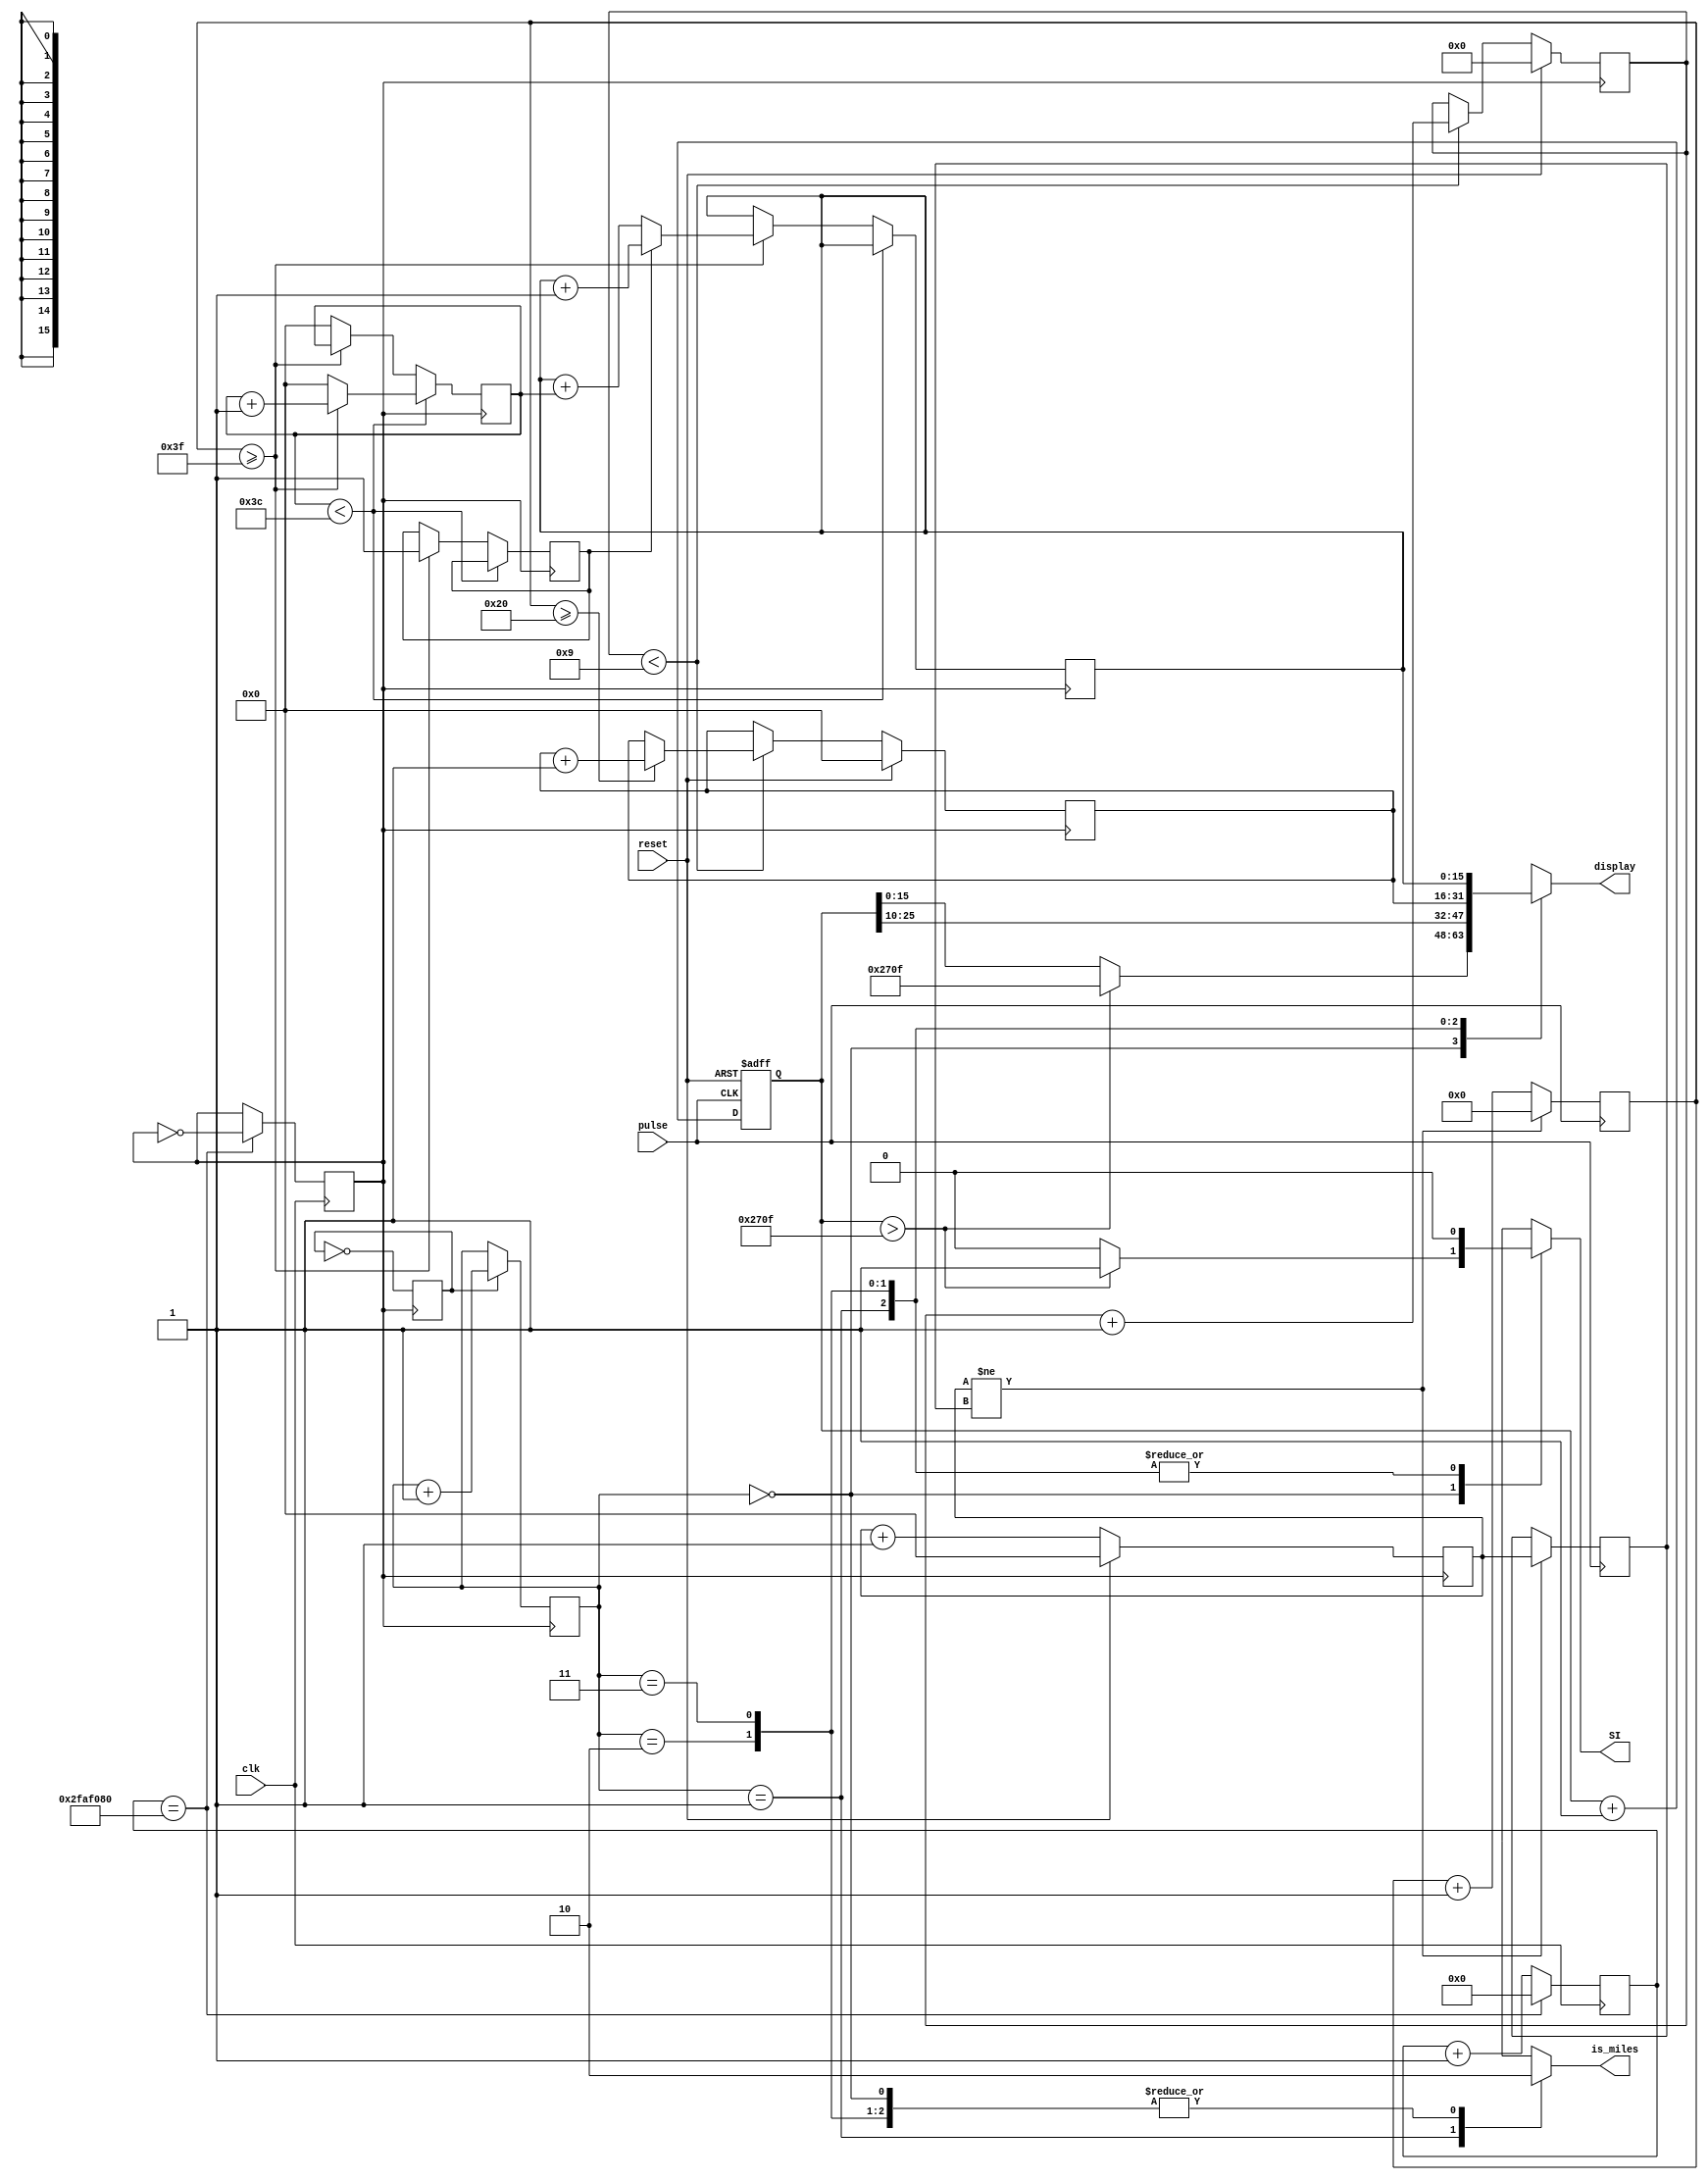
`timescale 1ns / 1ps

module FitbitTracker(clk,pulse,reset,display,is_miles,SI);

input clk, pulse, reset;
output [15:0] display;  
output is_miles, SI;

reg second = 0;
reg under32 = 0;
reg over60 = 0;

reg [15:0] display_reg = 0;
reg is_miles_reg = 0;
reg SI_reg = 0;

reg [26:0] second_divider = 0;
reg display_change = 0;
reg [1:0] display_mode = 0;

reg [3:0] nine_seconds_counter = 0;
reg [7:0] steps_per_sec = 0;
reg [31:0] total_steps = 0;

reg [15:0] high_activity_counter = 0;
reg [15:0] displayed_high_activity_counter = 0;
reg [15:0] distance_traveled = 0;
reg [15:0] keepTime = 0;
reg [15:0] keepTime2 = 0;
reg [15:0] over32_highest_time = 0;

assign display = display_reg;
assign is_miles = is_miles_reg;
assign SI = SI_reg;

/* 
Defines a second based on CLK
*/
always @(posedge clk) 
begin
    if(second_divider == 50000000) begin 
        second <= ~second;
        second_divider <= 0;
    end
    else
    second_divider <= second_divider + 1;
end
/* 
Updates total_steps and distance_traveled
*/
always @(posedge pulse, posedge reset) 
begin
    if(reset) 
        total_steps <= 0;
    else 
        total_steps <= total_steps + 1;
end

always @(*) begin
    distance_traveled = total_steps >> 10;
end


/*
Finds steps_per_sec
*/
always@(posedge pulse) begin
    if(keepTime !=keepTime2) begin
        keepTime2 = keepTime;
        steps_per_sec = 0;
        end else
            steps_per_sec = steps_per_sec +1;
end
/*
Handles how to Steps over 32/sec
*/
always@(posedge second) begin
    if (reset) begin
        nine_seconds_counter = 0;
        over32_highest_time = 0;
        end else
    if(nine_seconds_counter < 9) begin
        if(steps_per_sec >= 6'd32)
            over32_highest_time = over32_highest_time + 1;
        nine_seconds_counter = nine_seconds_counter + 1;
    end
end    
/*
Handles high activity
*/
always @(posedge second) 
begin
    if(high_activity_counter < 60) begin
        if(steps_per_sec >= 63)
            high_activity_counter <= high_activity_counter + 1;
        else
            high_activity_counter <= 0;
    end
    else begin
        if(steps_per_sec >= 63) begin
            if(over60) 
                displayed_high_activity_counter <= displayed_high_activity_counter + 1; 
            else
            displayed_high_activity_counter <= displayed_high_activity_counter + high_activity_counter;
            over60 = 1;
        end
        else    
            high_activity_counter <= 0;
    end
end
/*
updates difference
*/
always@(posedge second) begin
    if(reset)
        keepTime = 0;
    else
        keepTime = keepTime + 1;
end
/*
Cycles display_modes
*/
always @(posedge second) begin
    
    if(display_change)
        display_mode <= display_mode + 1;
    display_change = ~display_change;
    
    //display_mode = 2;
end

/*
Controls what to output to the display
*/
always @(*) 
begin
    case (display_mode)
        0: begin
            if(total_steps > 9999) begin
                display_reg = 9999;
                SI_reg = 1;
            end
            else begin
                display_reg = total_steps;
                SI_reg = 0;
            end
            is_miles_reg = 0;
        end
        1: begin
            display_reg = distance_traveled;
            is_miles_reg = 1;
            SI_reg = 0;
        end
        2: begin    
            display_reg = over32_highest_time;
            is_miles_reg = 0;
            SI_reg = 0;
        end
        3: begin
            display_reg = displayed_high_activity_counter;
            is_miles_reg = 0;
            SI_reg = 0;
        end
    endcase
end
endmodule